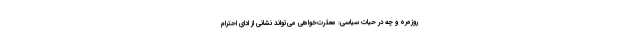
روزمره و چه در حیات سیاسی: معذرت‌خواهی می‌تواند نشانی از ادای احترام